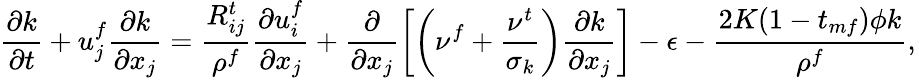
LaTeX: \frac{\partial k}{\partial t}+u_{j}^{f}\frac{\partial k}{\partial x_{j}}=\frac{R_{ij}^{t}}{\rho^{f}}\frac{\partial u_{i}^{f}}{\partial x_{j}}+\frac{\partial}{\partial x_{j}}\left[\left(\nu^{f}+\frac{\nu^{t}}{\sigma_{k}}\right)\frac{\partial k}{\partial x_{j}}\right]-\epsilon-\frac{2K(1-t_{mf})\phi k}{\rho^{f}},